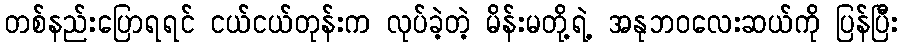
တစ်နည်းပြောရရင် ငယ်ငယ်တုန်းက လုပ်ခဲ့တဲ့ မိန်းမတို့ရဲ့ အနုဘဝလေးဆယ်ကို ပြန်ပြီး